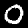
Digit: 0